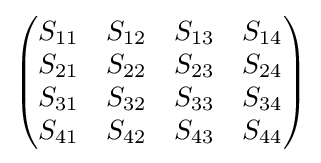
{\begin{pmatrix}S_{11}&S_{12}&S_{13}&S_{14}\\S_{21}&S_{22}&S_{23}&S_{24}\\S_{31}&S_{32}&S_{33}&S_{34}\\S_{41}&S_{42}&S_{43}&S_{44}\end{pmatrix}}